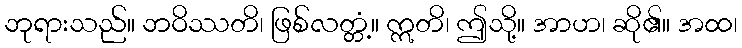
ဘုရားသည်။ ဘဝိဿတိ၊ ဖြစ်လတ္တံ့။ ဣတိ၊ ဤသို့။ အာဟ၊ ဆို၏။ အထ၊